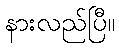
နားလည်ပြီ။